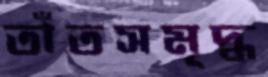
তাঁতসমৃদ্ধ